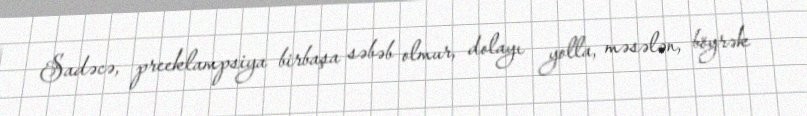
Sadəcə, preeklampsiya birbaşa səbəb olmur, dolayı yolla, məsələn, böyrək